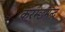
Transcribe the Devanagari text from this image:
करम्छमन्द